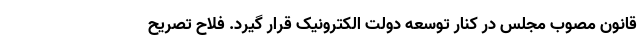
قانون مصوب مجلس در کنار توسعه دولت الکترونیک قرار گیرد. فلاح تصریح